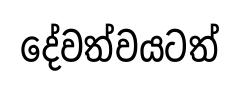
දේවත්වයටත්